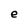
Character: e